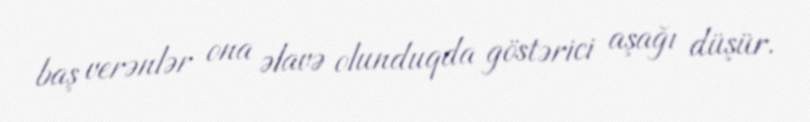
baş verənlər ona əlavə olunduqda göstərici aşağı düşür.